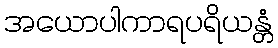
အယောပါကာရပရိယန္တံ